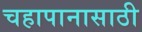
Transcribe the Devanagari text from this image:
चहापानासाठी